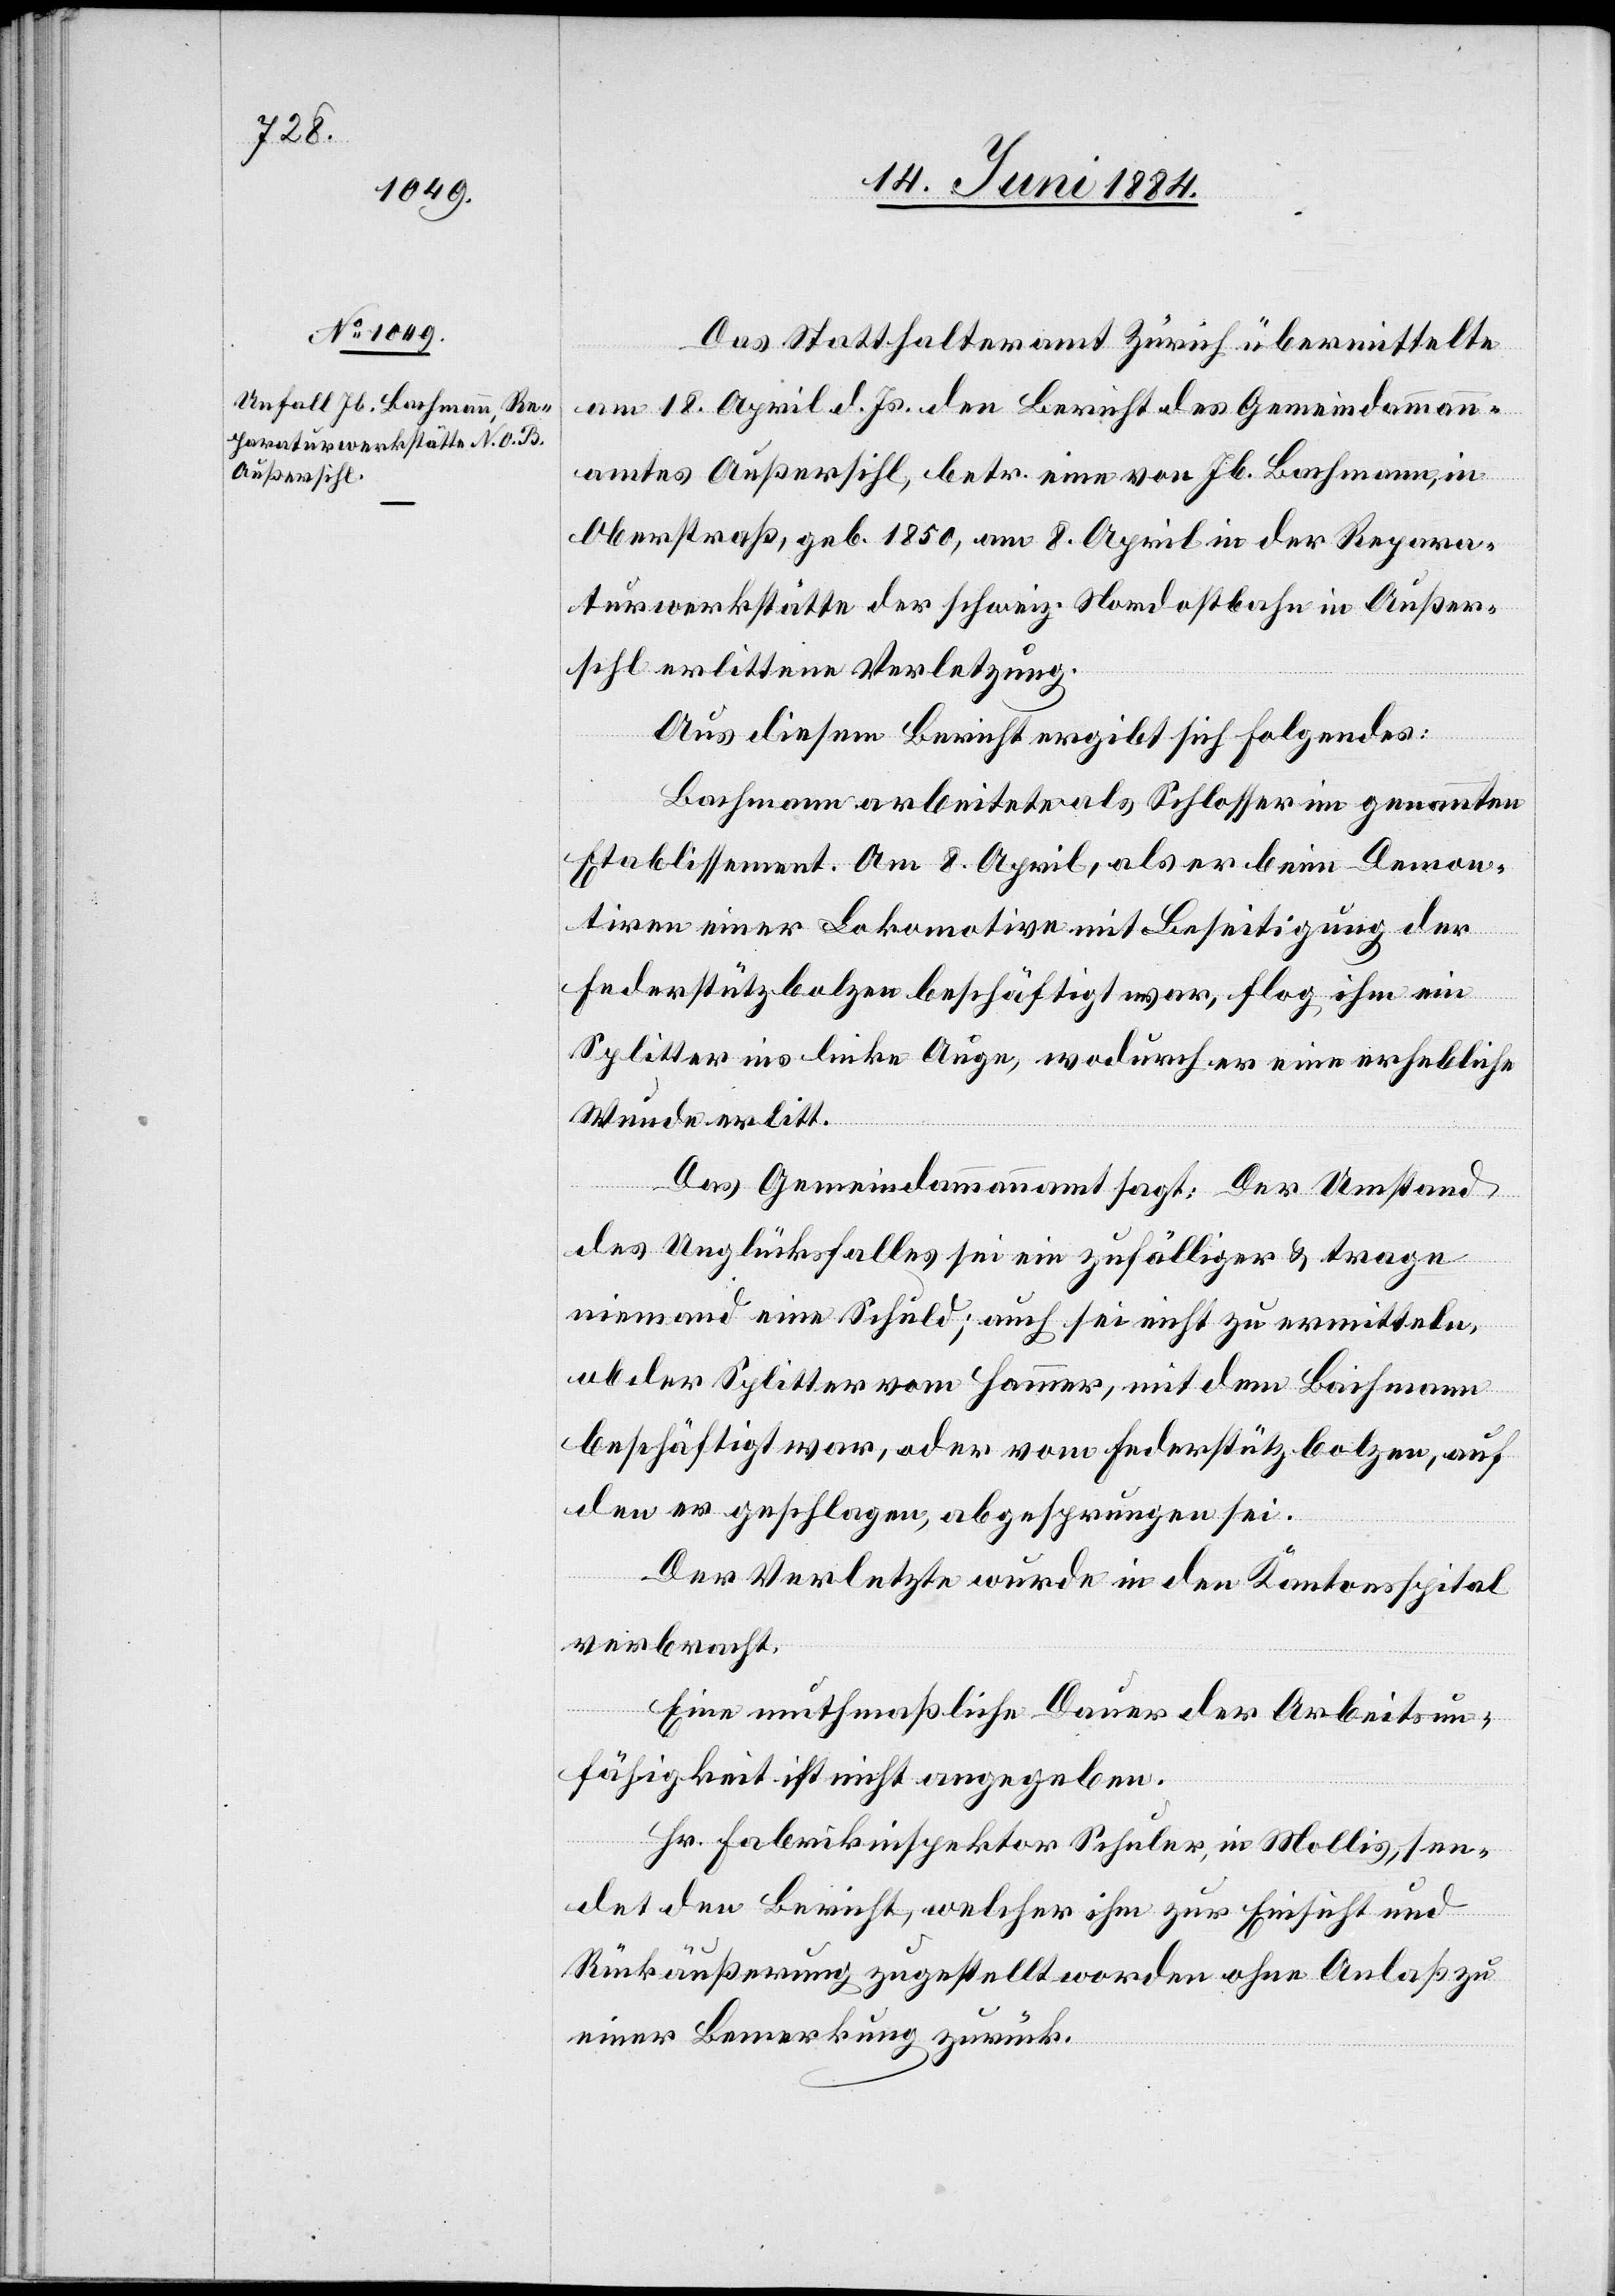
Das Statthalteramt Zürich übermittelte
am 18. April d. Js. den Bericht des Gemeindammann¬
amtes Außersihl, betr. eine von Jb. Bachmann, in
Oberstraß, geb. 1850, am 8. April in der Repara¬
turwerkstätte der schweiz. Nordostbahn in Außer¬
sihl erlittene Verletzung.
Aus diesem Bericht ergibt sich folgendes:
Bachmann arbeitete als Schlosser im genannten
Etablissement. Am 8. April, als er beim Demon¬
tiren einer Lokomotive mit Beseitigung der
Federstützbolzen beschäftigt war, flog ihm ein
Splitter ins linke Auge, wodurch er eine erhebliche
Wunde erlitt.
Das Gemeindeammannamt sagt: Der Umstand
des Unglückfalles sei ein zufälliger & trage
niemand eine Schuld; auch sei nicht zu ermitteln,
ob der Splitter vom Hammer, mit dem Bachmann
beschäftigt war, oder vom Federstützbolzen, auf
den er geschlagen, abgesprungen sei.
Der Verletzte wurde in den Kantonsspital
verbracht.
Eine muthmaßliche Dauer der Arbeitsun¬
fähigkeit ist nicht angegeben.
Hr. Fabrikinspektor Schuler, in Mollis, sen¬
det den Bericht, welcher ihm zur Einsicht und
Rückäußerung zugestellt worden ohne Anlaß zu
einer Bemerkung zurück.